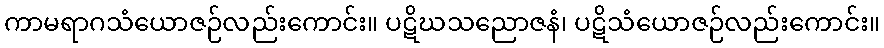
ကာမရာဂသံယောဇဉ်လည်းကောင်း။ ပဋိဃသညောဇနံ၊ ပဋိသံယောဇဉ်လည်းကောင်း။